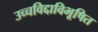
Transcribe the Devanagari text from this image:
उच्चविद्दाविभूषित